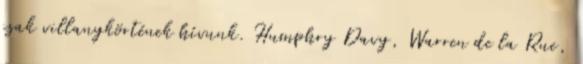
csak villanykörtének hívunk. Humphry Davy, Warren de la Rue,